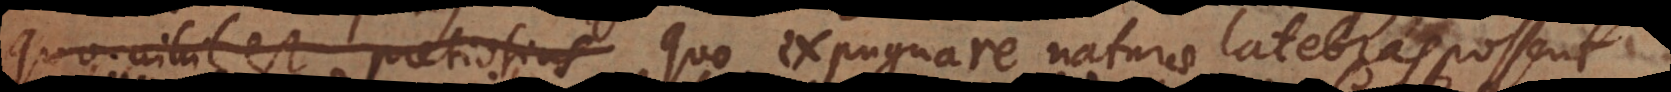
quo nihil est pretiosius expugnare naturae latebras possent